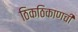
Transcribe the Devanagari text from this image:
ठिकठिकाणची